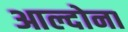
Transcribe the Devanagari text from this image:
आल्दोना